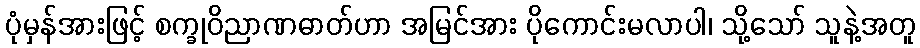
ပုံမှန်အားဖြင့် စက္ခုဝိညာဏဓာတ်ဟာ အမြင်အား ပိုကောင်းမလာပါ၊ သို့သော် သူနဲ့အတူ